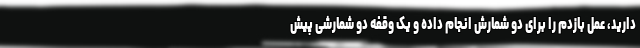
دارید، عمل بازدم را برای دو شمارش انجام داده و یک وقفه دو شمارشی پیش